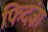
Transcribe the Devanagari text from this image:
फिदंज़ा